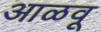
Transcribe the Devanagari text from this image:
आळवू